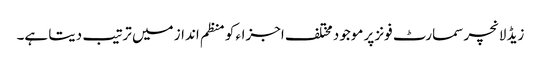
زیڈ لانچر سمارٹ فونز پر موجود مختلف اجزاء کو منظم انداز میں ترتیب دیتا ہے۔